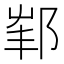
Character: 𨛟